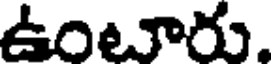
ఉంటారు.